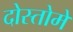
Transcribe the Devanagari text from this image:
दोस्तोमें